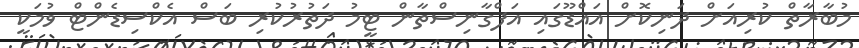
މުބާރާތް ކުރިއަށް ދަނިކޮށް އައްޑޫގައި އަފްގާނިސްތާން ޓީމު ދަތުރުކުރި ބަސް އެކްސިޑެންޓް ވުމަކީ